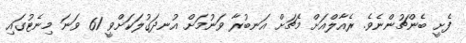
ފެށީ ބެންޗުންނެވެ. ރެއާލްއަށް މެޗަށް އަނބުރާ ވަނުމަށް އުނދަގުލަކަށްވީ 61 ވަނަ މިނެޓުގައި